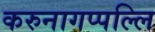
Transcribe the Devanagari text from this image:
करुनागप्पल्लि